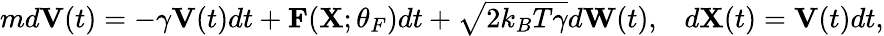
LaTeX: \begin{array}{r}{md\mathbf{V}(t)=-\gamma\mathbf{V}(t)dt+\mathbf{F}(\mathbf{X};\theta_{F})dt+\sqrt{2k_{B}{T}\gamma}d\mathbf{W}(t),\; \; \; d\mathbf{X}(t)=\mathbf{V}(t)dt,}\end{array}